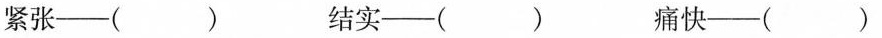
紧张--（）结实--（） 痛快--（）